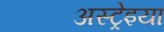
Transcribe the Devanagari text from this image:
अस्ट्रेइया